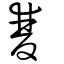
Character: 雙